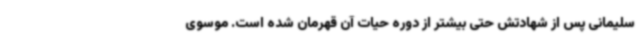
سلیمانی پس از شهادتش حتی بیشتر از دوره حیات آن قهرمان شده است. موسوی